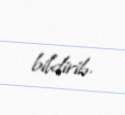
bildirib.